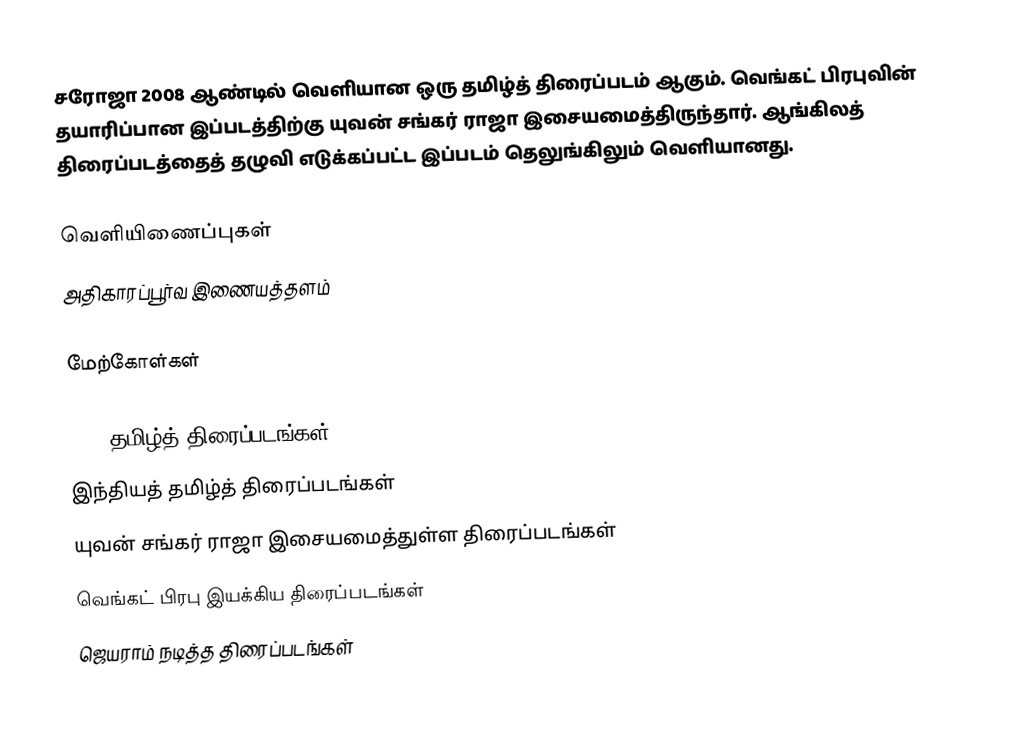
சரோஜா 2008 ஆண்டில் வெளியான ஒரு தமிழ்த் திரைப்படம் ஆகும். வெங்கட் பிரபுவின் தயாரிப்பான இப்படத்திற்கு யுவன் சங்கர் ராஜா இசையமைத்திருந்தார். ஆங்கிலத் திரைப்படத்தைத் தழுவி எடுக்கப்பட்ட இப்படம் தெலுங்கிலும் வெளியானது.

வெளியிணைப்புகள்
 அதிகாரப்பூர்வ இணையத்தளம்

மேற்கோள்கள்

2008 தமிழ்த் திரைப்படங்கள்
இந்தியத் தமிழ்த் திரைப்படங்கள்
யுவன் சங்கர் ராஜா இசையமைத்துள்ள திரைப்படங்கள்
வெங்கட் பிரபு இயக்கிய திரைப்படங்கள்
ஜெயராம் நடித்த திரைப்படங்கள்